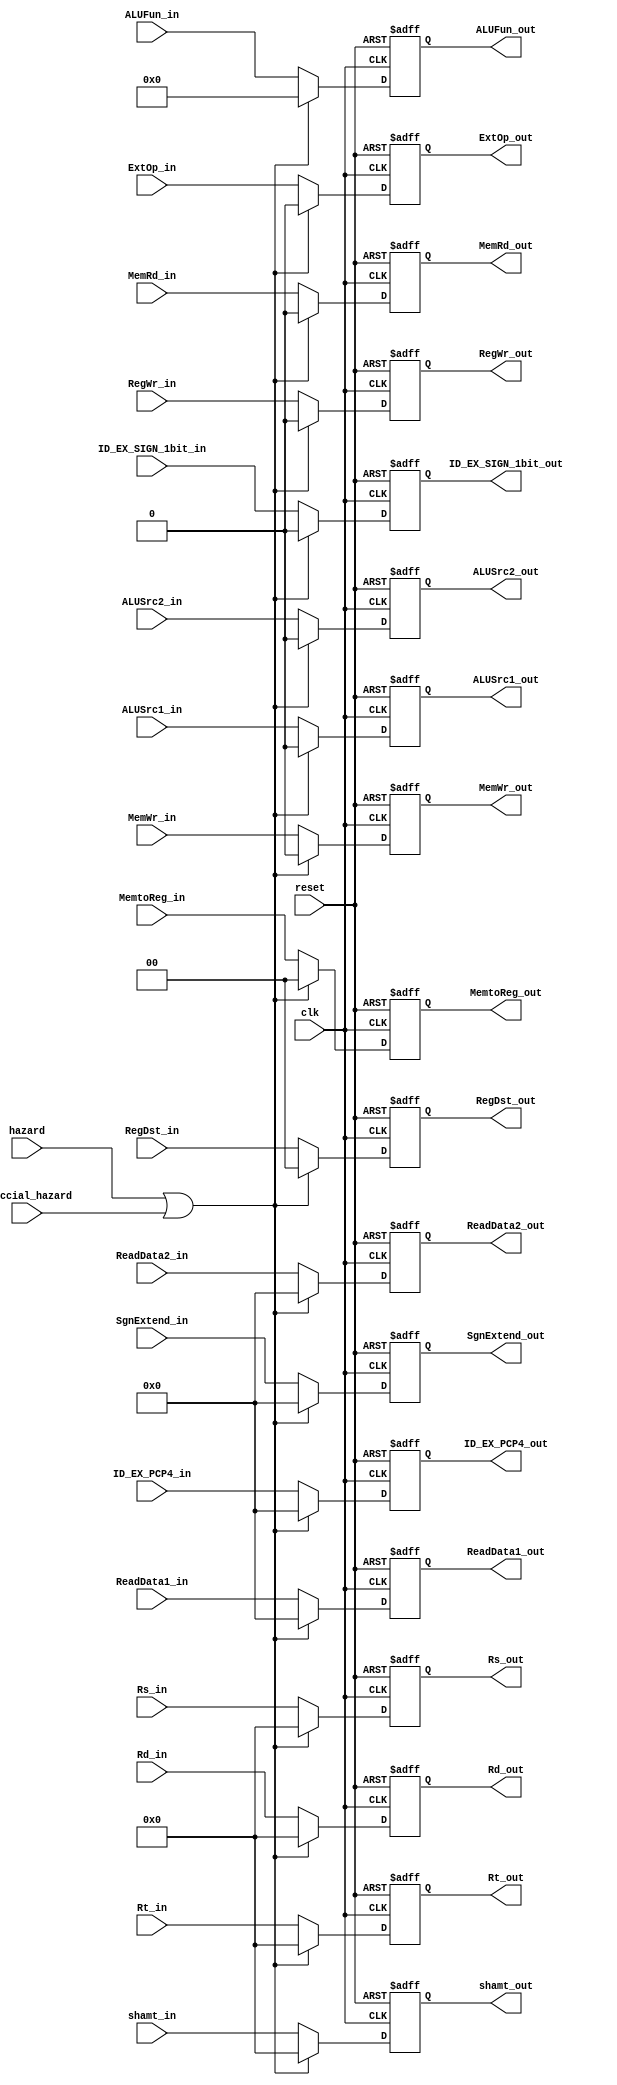
module IDEX_Register
(speccial_hazard,
Rs_out,
Rt_out,
Rd_out,
Rs_in,
Rt_in,
Rd_in,
ID_EX_PCP4_in,
ID_EX_PCP4_out,
ID_EX_SIGN_1bit_out,
ID_EX_SIGN_1bit_in,
shamt_out,
ALUFun_out,
ReadData1_out,
ReadData2_out,
SgnExtend_out,
ExtOp_out,
ALUSrc1_out,
ALUSrc2_out,
RegDst_out,
MemRd_out,
MemWr_out,
MemtoReg_out,
RegWr_out,
shamt_in,
ALUFun_in,
ReadData1_in,
ReadData2_in,
SgnExtend_in,
ExtOp_in,
ALUSrc1_in,
ALUSrc2_in,
RegDst_in,
MemRd_in,
MemWr_in,
MemtoReg_in,
RegWr_in,
clk,
reset,
hazard);

  input [31:0]ID_EX_PCP4_in;
  input [4:0]Rs_in;
  input [4:0]Rt_in;
  input [4:0]Rd_in;
  output reg [31:0]ID_EX_PCP4_out;
  input ID_EX_SIGN_1bit_in;
  input [31:0]ReadData1_in;
  input [31:0]ReadData2_in;
  input [31:0]SgnExtend_in;
  input [4:0]shamt_in;
  input [5:0]ALUFun_in;
  input ExtOp_in;
  input ALUSrc1_in;
  input ALUSrc2_in;
  input [1:0]RegDst_in;
  input MemWr_in;
  input MemRd_in;
  input [1:0]MemtoReg_in;
  input RegWr_in;
  
  input hazard;
  input clk;
  input reset;
  input speccial_hazard;
  
  output reg [4:0]Rs_out;
  output reg [4:0]Rt_out;
  output reg [4:0]Rd_out;
  output reg ID_EX_SIGN_1bit_out;
  output reg [31:0]ReadData1_out;
  output reg [31:0]ReadData2_out;
  output reg [31:0]SgnExtend_out;
  output reg [4:0]shamt_out;
  output reg [5:0]ALUFun_out;
  output reg ExtOp_out;
  output reg ALUSrc1_out;
  output reg ALUSrc2_out;
  output reg [1:0]RegDst_out;
  output reg MemWr_out;
  output reg MemRd_out;
  output reg [1:0] MemtoReg_out;
  output reg RegWr_out;
  
  always@(negedge reset or posedge clk)
  begin
    if(!reset)
      begin
		Rs_out=5'b0;
		Rt_out=5'b0;
		Rd_out=5'b0;
        ID_EX_PCP4_out=32'b0;
        ReadData1_out=32'b0;
        ReadData2_out=32'b0;
        SgnExtend_out=32'b0;
        shamt_out=5'b0;
        ALUFun_out=6'b0;
        ExtOp_out=0;
        ALUSrc1_out=0;
        ALUSrc2_out=0;
        RegDst_out=2'b0;
        MemWr_out=0;
        MemRd_out=0;
        MemtoReg_out=2'b0;
        RegWr_out=0;
        ID_EX_SIGN_1bit_out=1'b0;
      end
    else
		if(hazard||speccial_hazard)
		begin
		Rs_out=5'b0;
		Rt_out=5'b0;
		Rd_out=5'b0;
        ID_EX_PCP4_out=32'b0;
        ReadData1_out=32'b0;
        ReadData2_out=32'b0;
        SgnExtend_out=32'b0;
        shamt_out=5'b0;
        ALUFun_out=6'b0;
        ExtOp_out=0;
        ALUSrc1_out=0;
        ALUSrc2_out=0;
        RegDst_out=2'b0;
        MemWr_out=0;
        MemRd_out=0;
        MemtoReg_out=2'b0;
        RegWr_out=0;
        ID_EX_SIGN_1bit_out=1'b0;
      end
		else
      begin
		Rs_out=Rs_in;
		Rt_out=Rt_in;
		Rd_out=Rd_in;
      ID_EX_PCP4_out=ID_EX_PCP4_in;
        ID_EX_SIGN_1bit_out=ID_EX_SIGN_1bit_in;
        ReadData1_out=ReadData1_in;
        ReadData2_out=ReadData2_in;
        SgnExtend_out=SgnExtend_in;
        shamt_out=shamt_in;
        ALUFun_out=ALUFun_in;
        ExtOp_out=ExtOp_in;
        ALUSrc1_out=ALUSrc1_in;
        ALUSrc2_out=ALUSrc2_in;
        RegDst_out=RegDst_in;
        MemWr_out=MemWr_in;
        MemRd_out=MemRd_in;
        RegWr_out=RegWr_in;
        MemtoReg_out=MemtoReg_in;
      end
  end
endmodule